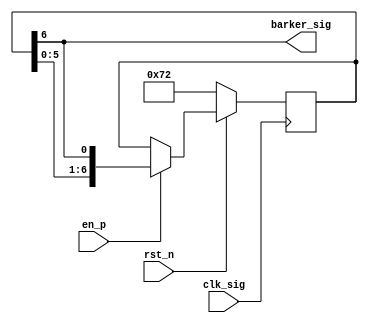
// ************************************************************
//
// Design Name: BPSK
// Module Name: Barker.v
// Tool versions: VsCode
// Description: 7 bits  
// Parameter:
// 1. 
// Input:
// 1. 
// Output:
// 1. 
// ************************************************************
module Barker #(
    parameter barker_code = 7'b1110010
) (
    input wire clk_sig,
    input wire rst_n,
    input wire en_p,

    output wire barker_sig
);
    localparam WIDTH = $clog2(barker_code);
    reg [WIDTH-1:0] barker_reg;

    always @(posedge clk_sig) begin
        if (!rst_n) begin
            barker_reg <= barker_code;
        end else if (en_p) begin
            barker_reg <= {barker_reg[WIDTH-2:0], barker_reg[WIDTH-1]};
        end
    end

    assign barker_sig = barker_reg[WIDTH-1];
endmodule